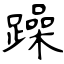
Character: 躁